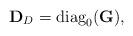
LaTeX: \begin{align*}{\bf D}_{D}={\rm diag}_0({\bf G}),\end{align*}